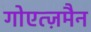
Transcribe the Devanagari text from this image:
गोएत्ज़मैन